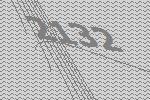
2132